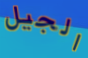
الجيل